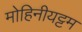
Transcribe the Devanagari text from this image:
मोहिनीयट्टम